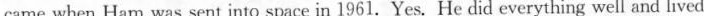
came when Ham was sent into space in 1961. Yes. He did everything well and lived